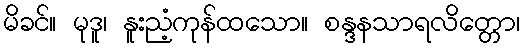
မိခင်။ မုဒူ၊ နူးညံ့ကုန်ထသော။ စန္ဒနသာရလိတ္တော၊